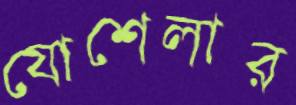
যোশেলার